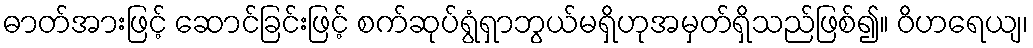
ဓာတ်အားဖြင့် ဆောင်ခြင်းဖြင့် စက်ဆုပ်ရွံရှာဘွယ်မရှိဟုအမှတ်ရှိသည်ဖြစ်၍။ ဝိဟရေယျ၊